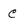
Character: C